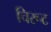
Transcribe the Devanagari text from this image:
चिरूट